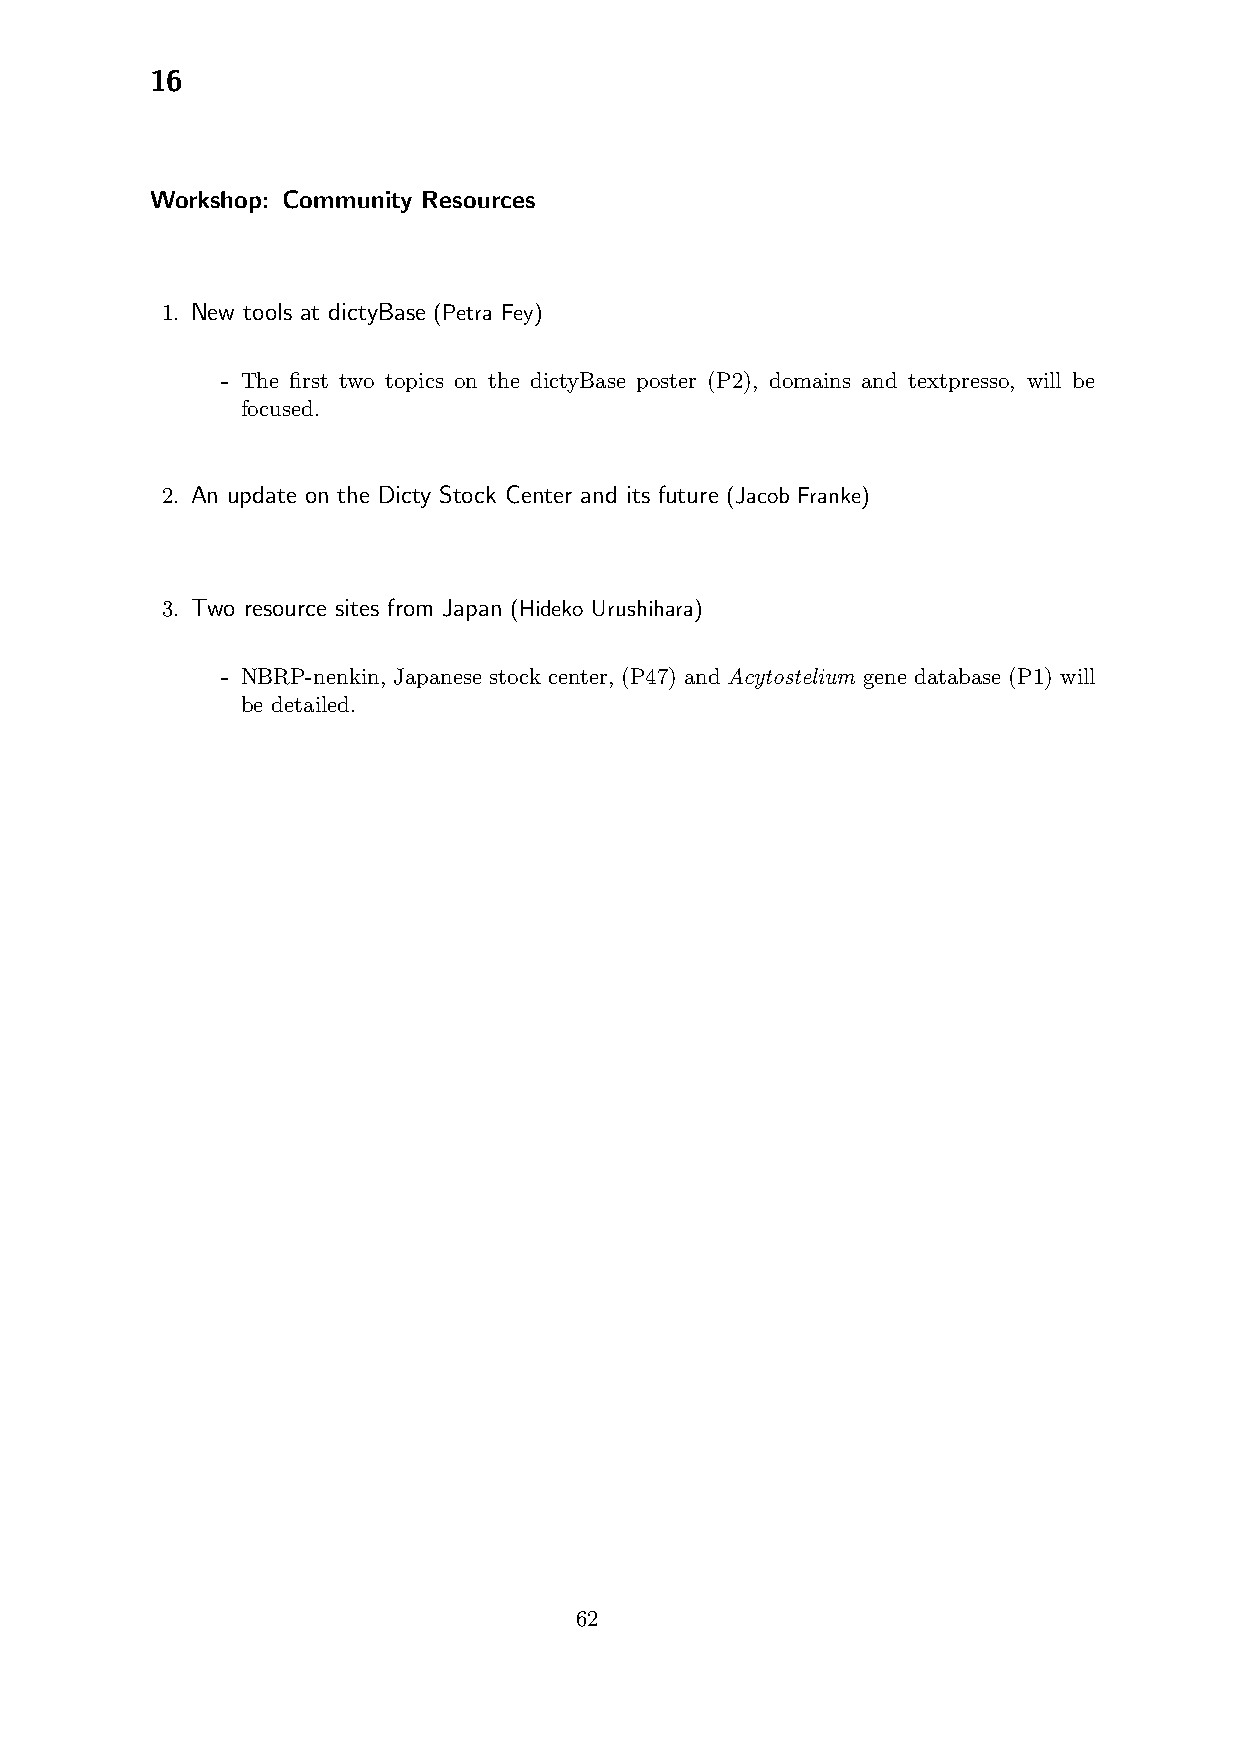
16
 Workshop: Community Resources
 1. New tools at dictyBase (Petra Fey)
 - The first two topics on the dictyBase poster (P2), domains and textpresso, will be
 focused.
 2. An update on the Dicty Stock Center and its future (Jacob Franke)
 3. Two resource sites from Japan (Hideko Urushihara)
 - NBRP-nenkin, Japanese stock center, (P47) and Acytostelium gene database (P1) will
 be detailed.
 62